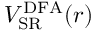
V _ { \mathrm { S R } } ^ { \mathrm { { D F A } } } ( r )